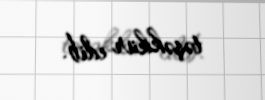
təşəkkür edib.